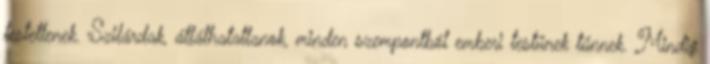
testetlenek. Szilárdak, átláthatatlanok, minden szempontból emberi testűnek tűnnek. Mindig